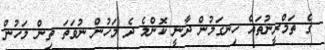
ގެ ތަމްރީނުތައް ހިނގަމުން ދާނީ ކޮންމެ ދެ މަހުން ނުވަތަ ތިން މަހުން